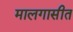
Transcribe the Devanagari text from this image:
मालगासीत